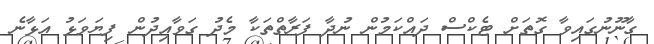
ގާނޫނުގައިވާ ގޮތަށް ޓެކްސް ދައްކަމުން ނުދާ ފަރާތްތަކާ މެދު ގަވާއިދުން ފިޔަވަޅު އަޅާނެ